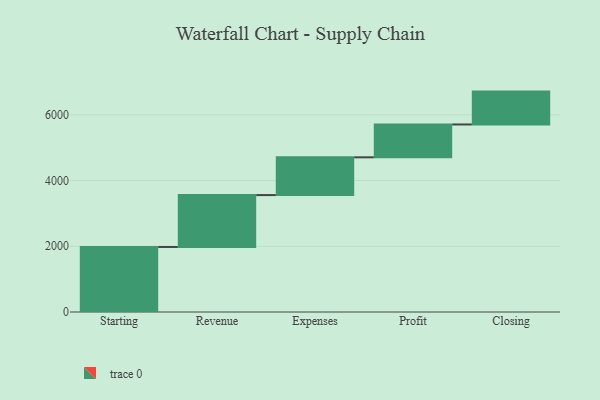
{"axis": {"x": "Step", "y": "Value"}, "legend": [""], "data": [{"x": "Starting", "y": 1979.0, "type": ""}, {"x": "Revenue", "y": 1579.0, "type": ""}, {"x": "Expenses", "y": 1149.0, "type": ""}, {"x": "Profit", "y": 1000, "type": ""}, {"x": "Closing", "y": 1000, "type": ""}]}